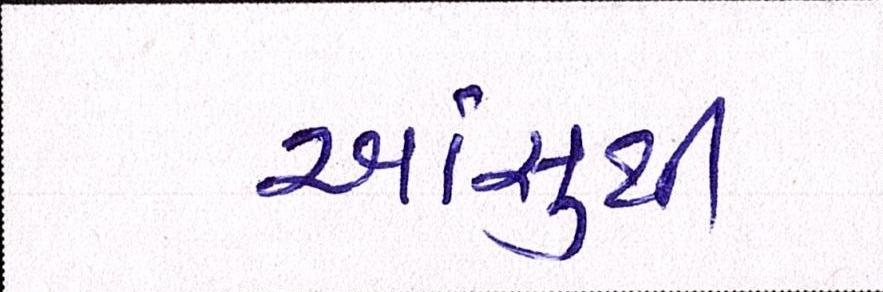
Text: આંસુથી